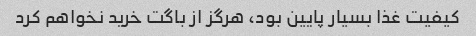
کیفیت غذا بسیار پایین بود، هرگز از باگت خرید نخواهم کرد